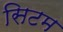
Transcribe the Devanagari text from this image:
सिटम